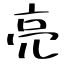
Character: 亮